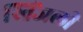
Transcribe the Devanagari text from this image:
खिंजली